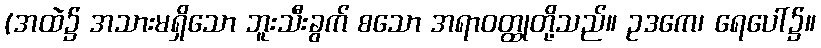
(အထဲ၌ အသားမရှိသော ဘူးသီးခွက် စသော အရာဝတ္ထုတို့သည်။ ဥဒကေ၊ ရေပေါ်၌။